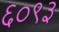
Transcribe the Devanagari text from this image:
६०९३